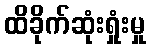
ထိခိုက်ဆုံးရှုံးမှု